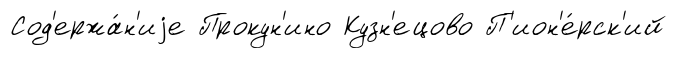
Сод'ержа́н'иjе Прокун'ино Кузн'ецово П'ион'е́рск'ий